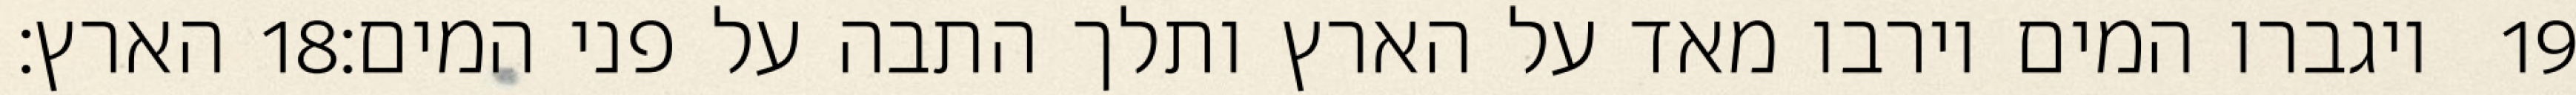
הארץ׃ ‎18‏ ויגברו המים וירבו מאד על הארץ ותלך התבה על פני המים׃ ‎19‏